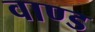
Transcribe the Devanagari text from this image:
वाण्ड